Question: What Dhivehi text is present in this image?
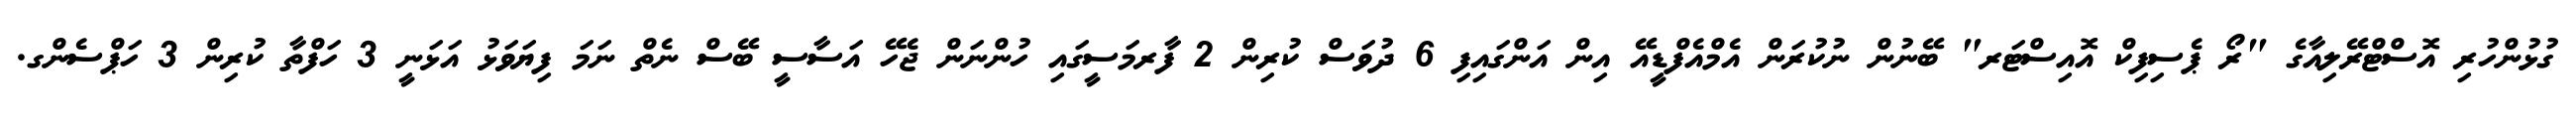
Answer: ގުޅުންހުރި އޮސްޓްރޭލިއާގެ "ރޯ ޕެސިފިކް އޮއިސްޓަރ" ބޭނުން ނުކުރަން އެމްއެފްޑީއޭ އިން އަންގައިފި 6 ދުވަސް ކުރިން 2 ފާރމަސީގައި ހުންނަން ޖެހޭ އަސާސީ ބޭސް ނެތް ނަމަ ފިޔަވަޅު އަޅަނީ 3 ހަފްތާ ކުރިން 3 ހަޕްސެންގ.